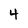
Character: 4